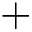
+